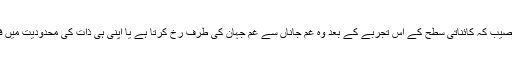
اب یہ اس کا نصیب کہ کائناتی سطح کے اس تجربے کے بعد وہ غم جاناں سے غم جہان کی طرف رخ کرتا ہے یا اپنی ہی ذات کی محدودیت میں فنا ہو جاتا ہے۔